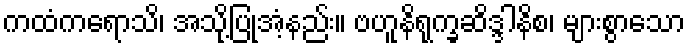
ကထံကရောသိ၊ အသို့ပြုအံ့နည်း။ ဗဟူနိရုက္ခဆိဒ္ဒါနိစ၊ များစွာသော